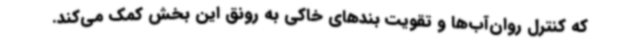
که کنترل روان‌آب‌ها و تقویت بندهای خاکی به رونق این بخش کمک می‌کند.